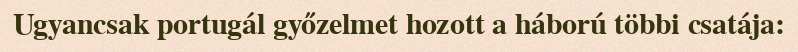
Ugyancsak portugál győzelmet hozott a háború többi csatája: